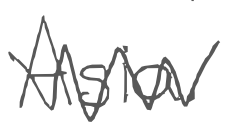
Text: Asia.
Cross-out: zig-zag
Writing tool: digital_gray